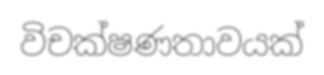
විචක්ෂණතාවයක්